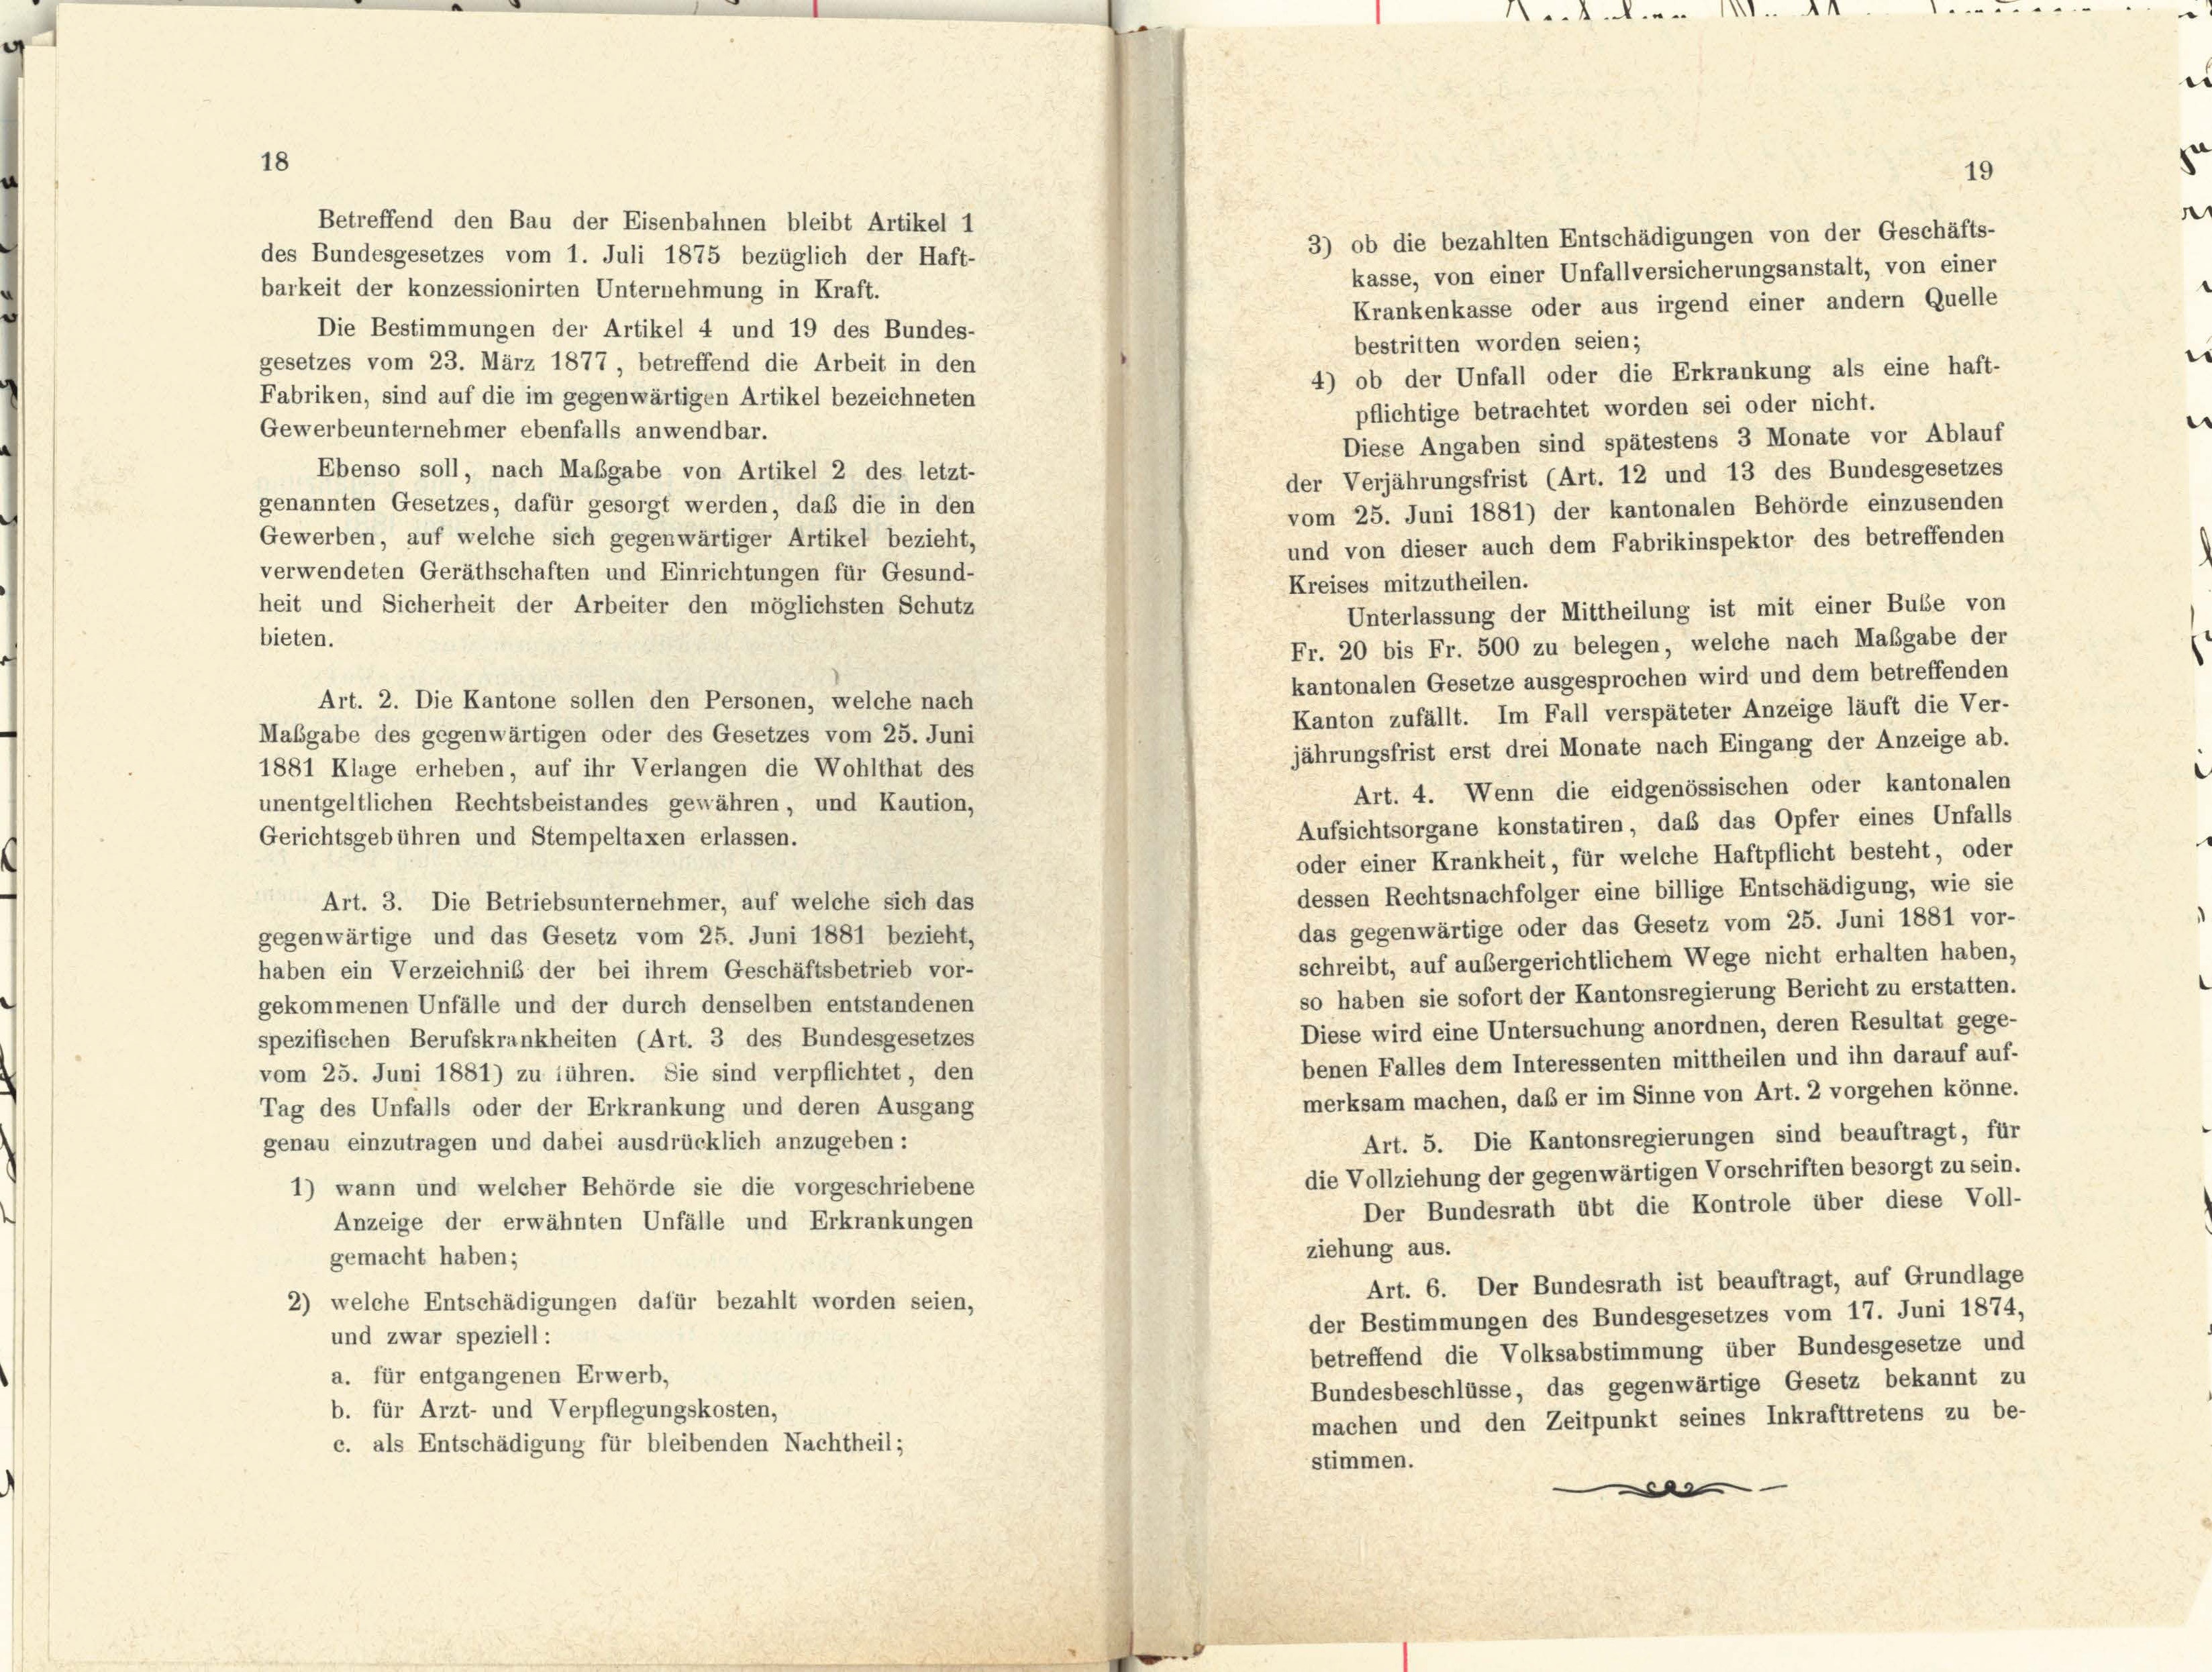
d

1111.

3) ob die bezahlten Entschädigungen von der Geschäfts-

.........

19

Betreffend den Bau der Eisenbahnen bleibt Artikel 1
des Bundesgesetzes vom 1. Juli 1875 bezüglich der Haft-
kasse, von einer Unfallversicherungsanstalt, von einer
barkeit der konzessionirten Unternehmung in Kraft.
Krankenkasse oder aus irgend einer andern Quelle
Die Bestimmungen der Artikel 4 und 19 des Bundes-
bestritten worden seien;
gesetzes vom 23. März 1877, betreffend die Arbeit in den
4) ob der Unfall oder die Erkrankung als eine haft-
Fabriken, sind auf die im gegenwärtigen Artikel bezeichneten
flichtige betrachtet worden sei oder nicht.
Gewerbeunternehmer ebenfalls anwendbar.
Diese Angaben sind spätestens 3 Monate vor Ablauf
Ebenso soll, nach Maßgabe von Artikel 2 des letzt-
der Verjährungsfrist (Art. 12 und 13 des Bundesgesetzes
genannten Gesetzes, dafür gesorgt werden, daß die in den
vom 25. Juni 1881) der kantonalen Behörde einzusenden
Gewerben, auf welche sich gegenwärtiger Artikel bezieht,
und von dieser auch dem Fabrikinspektor des betreffenden
verwendeten Geräthschaften und Einrichtungen für Gesund-
Kreises mitzutheilen.
heit und Sicherheit der Arbeiter den möglichsten Schutz
Unterlassung der Mittheilung ist mit einer Bube von
bieten.
Fr. 20 bis Fr. 500 zu belegen, welche nach Maßgabe der
kantonalen Gesetze ausgesprochen wird und dem betreffenden
Art. 2. Die Kantone sollen den Personen, welche nach
Kanton zufällt. Im Fall verspäteter Anzeige läuft die Ver-
Mabgabe des gegenwärtigen oder des Gesetzes vom 25. Juni
jährungsfrist erst drei Monate nach Eingang der Anzeige ab.
1881 Klage erheben, auf ihr Verlangen die Wohlthat des
Art. 4. Wenn die eidgenössischen oder kantonalen
unentgeltlichen Rechtsbeistandes gewähren, und Kaution,
Aufsichtsorgane konstatiren, daß das Opfer eines Unfalls
Gerichtsgebühren und Stempeltaxen erlassen.
oder einer Krankheit, für welche Haftpflicht besteht, oder
dessen Rechtsnachfolger eine billige Entschädigung, wie sie
Art. 3. Die Betriebsunternehmer, auf welche sich das
das gegenwärtige oder das Gesetz vom 25. Juni 1881 vor-
gegenwärtige und das Gesetz vom 25. Juni 1881 bezieht,
schreibt, auf außergerichtlichem Wege nicht erhalten haben,
haben ein Verzeichnis der bei ihrem Geschäftsbetrieb vor-
so haben sie sofort der Kantonsregierung Bericht zu erstatten.
gekommenen Unfälle und der durch denselben entstandenen
Diese wird eine Untersuchung anordnen, deren Resultat gege-
spezifischen Berufskrankheiten (Art. 3 des Bundesgesetzes
benen Falles dem Interessenten mittheilen und ihn darauf auf-
vom 25. Juni 1881) zu führen. Sie sind verpflichtet, den
merksam machen, daß er im Sinne von Art. 2 vorgehen könne.
Tag des Unfalls oder der Erkrankung und deren Ausgang
Art. 5. Die Kantonsregierungen sind beauftragt, für
genau einzutragen und dabei ausdrücklich anzugeben:
die Vollziehung der gegenwärtigen Vorschriften besorgt zu sein.
1) wann und welcher Behörde sie die vorgeschriebene
Der Bundesrath übt die Kontrole über diese Voll-
Anzeige der erwähnten Unfälle und Erkrankungen
ziehung aus.
gemacht haben;
Art. 6. Der Bundesrath ist beauftragt, auf Grundlage
2) welche Entschädigungen dafür bezahlt worden seien,
der Bestimmungen des Bundesgesetzes vom 17. Juni 1874,
und zwar speziell:
betreffend die Volksabstimmung über Bundesgesetze und
a. für entgangenen Erwerb,
Bundesbeschlüsse, das gegenwärtige Gesetz bekannt zu
b. für Arzt- und Verpflegungskosten,
machen und den Zeitpunkt seines Inkrafttretens zu be-
c. als Entschädigung für bleibenden Nachtheil;
stimmen.
e

.